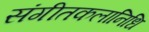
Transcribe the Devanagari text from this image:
संगीतकलानिधि